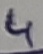
Text: 4